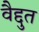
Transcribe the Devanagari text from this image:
वैद्दुत